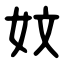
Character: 妏